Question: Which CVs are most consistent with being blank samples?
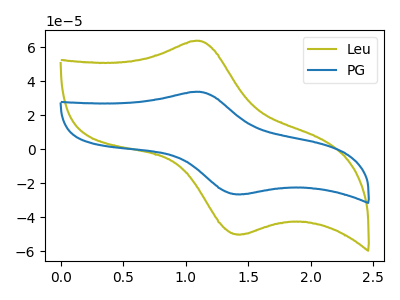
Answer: <think>The olive curve "Leu" has an anodic peak at (1.10V, 63.80uA) and a cathodic peak at (1.45V, -50.15uA). The blue curve "PG" has an anodic peak at (1.10V, 33.75uA) and a cathodic peak at (1.45V, -26.55uA).</think>
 <answer>There are not any CV's on this graph that are likely to be blanks.</answer>
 <eval>none</eval>